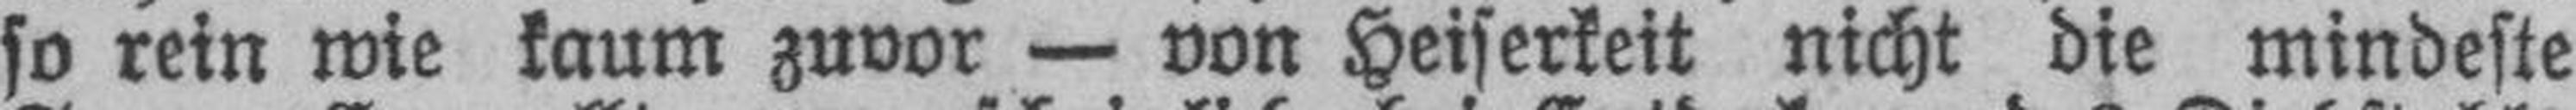
so rein wie kaum zuvor — von Heiserkeit nicht die mindeste